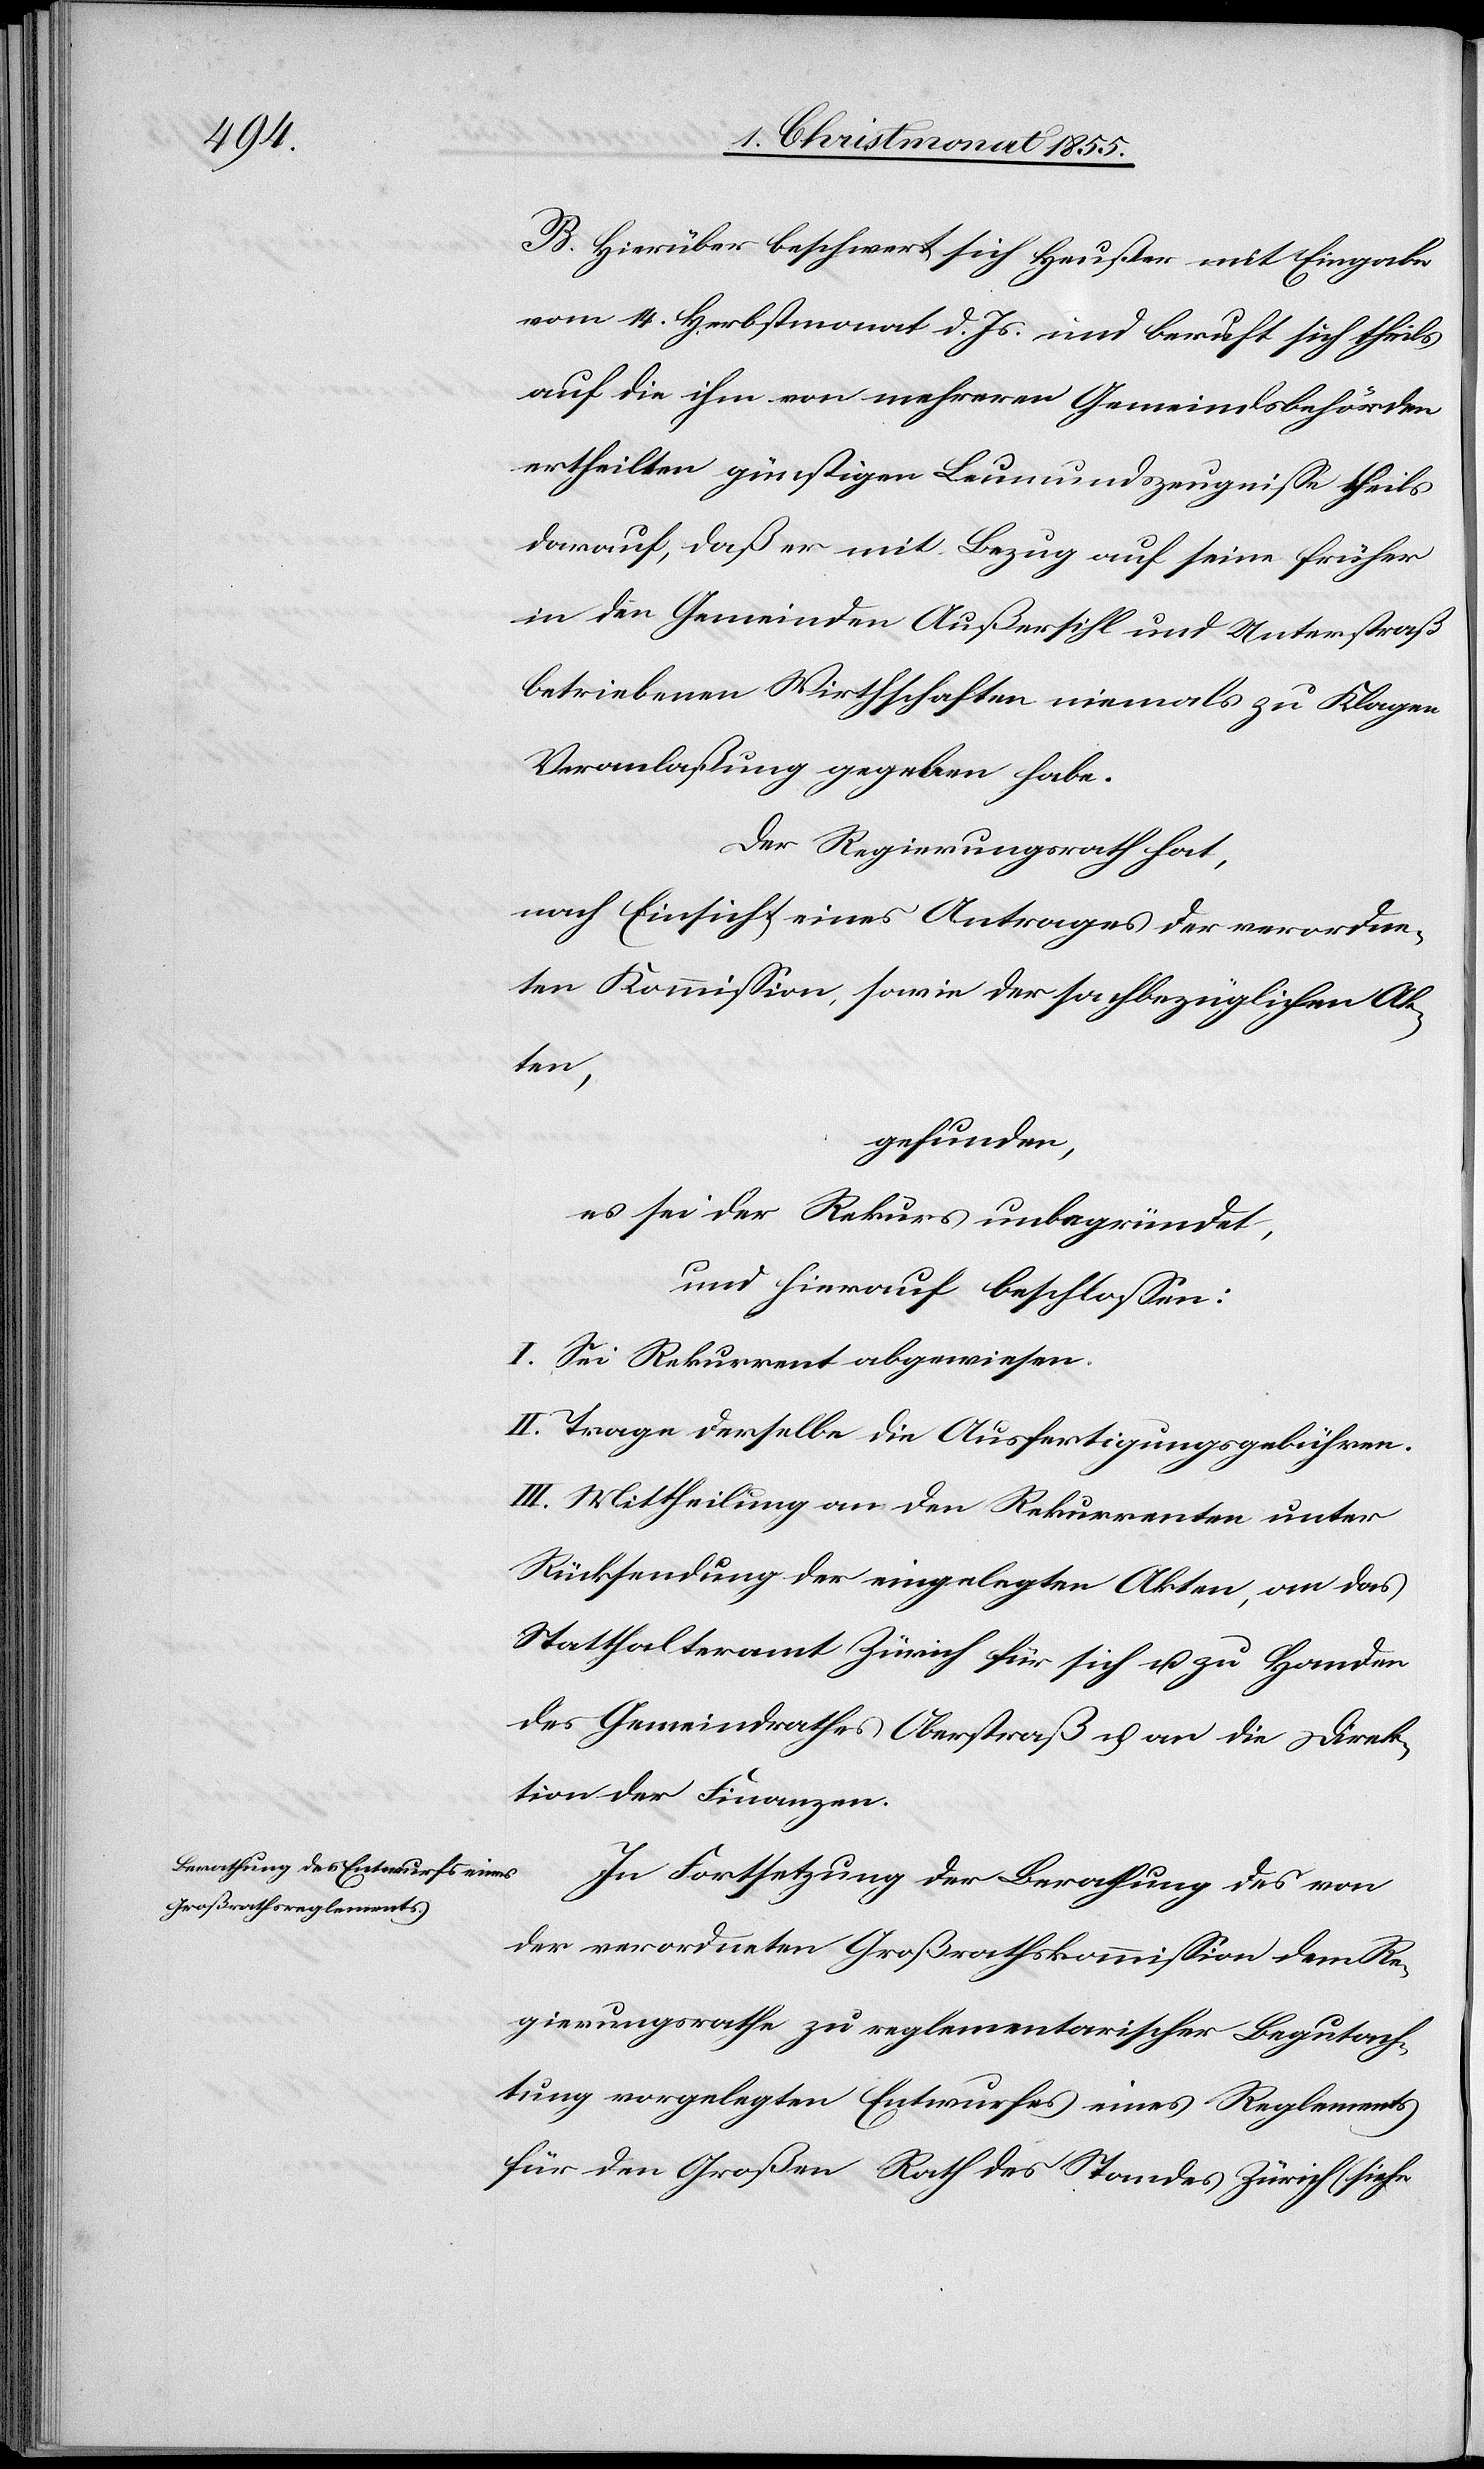
B. Hierüber beschwert sich Heußer mit Eingabe
vom 14. Herbstmonat d. Js. und beruft sich theils
auf die ihm von mehreren Gemeindsbehörden
ertheilten günstigen Leumundszeugnisse theils
darauf, daß er mit Bezug auf seine früher
in den Gemeinden Außersihl und Unterstraß
betriebenen Wirthschaften niemals zu Klagen
Veranlaßung gegeben habe.
Der Regierungsrath hat,
nach Einsicht eines Antrages der verordne¬
ten Kommission, sowie der sachbezüglichen Ak¬
ten,
gefunden,
es sei der Rekurs unbegründet,
und hierauf beschlossen:
I. Sei Rekurrent abgewiesen.
II. Trage derselbe die Ausfertigungsgebühren.
III. Mittheilung an den Rekurrenten unter
Rücksendung der eingelegten Akten, an das
Statthalteramt Zürich für sich u. zu Handen
des Gemeindrathes Oberstraß u. an die Direk¬
tion der Finanzen.
In Fortsetzung der Berathung des von
der verordneten Großrathskommission dem Re¬
gierungsrathe zu reglementarischer Begutach¬
tung vorgelegten Entwurfes eines Reglements
für den Großen Rath des Standes Zürich (siehe